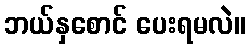
ဘယ်နှစောင် ပေးရမလဲ။